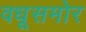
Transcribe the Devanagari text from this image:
वधूसमोर